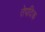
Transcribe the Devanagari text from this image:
तेपदिक